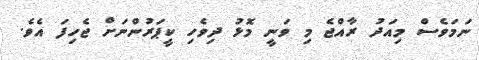
ނަމަވެސް މިއަދު ރާއްޖެ މި ވަނީ މޮޅު ދިވެހި ކީޕަރުންނަށް ޖެހިފަ އެވެ.